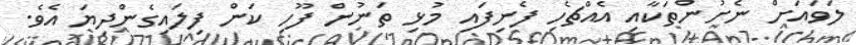
ލަވައަށް ނެށުންތަކާއި އެއްޗެހި ފެނިފައި މުޅި ތަނުން ފޫހި ކަން ފިލައިގެންދިޔަ އެވެ.